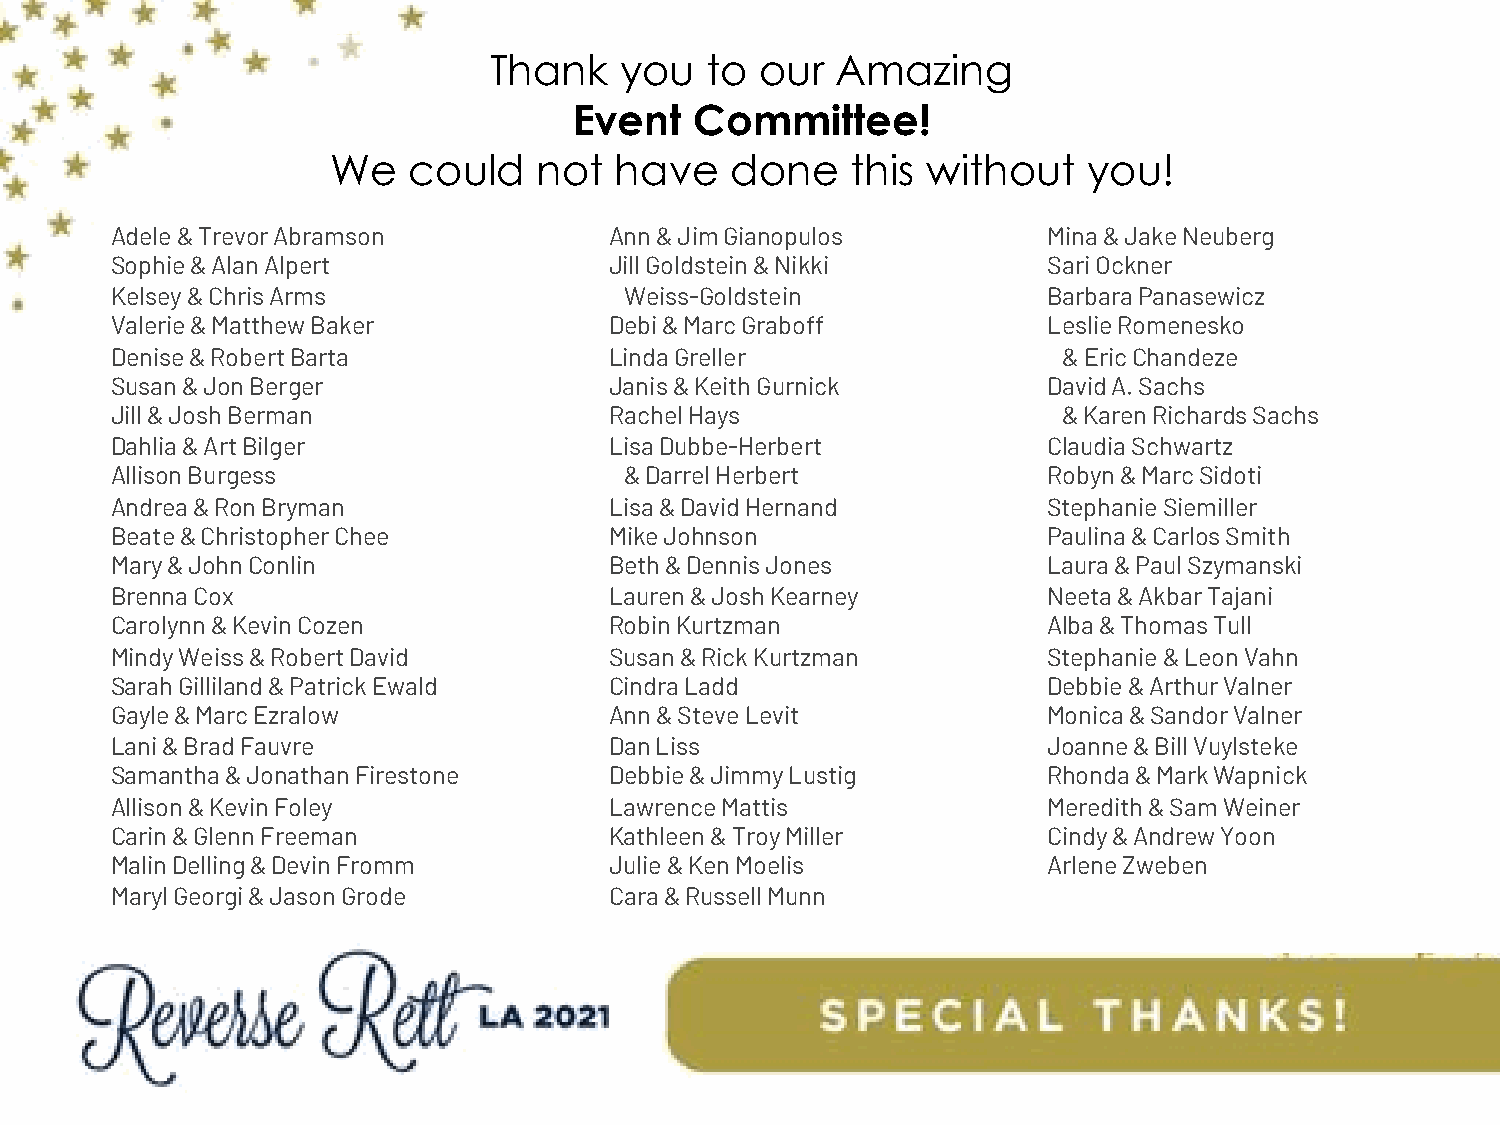
Thank    you   to our  Amazing
 Event   Committee!
 We   could    not  have   done    this without    you!
 Adele & Trevor Abramson          Ann & Jim Gianopulos         Mina & Jake Neuberg
 Sophie & Alan Alpert             Jill Goldstein & Nikki       Sari Ockner
 Kelsey & Chris Arms               Weiss-Goldstein             Barbara Panasewicz
 Valerie & Matthew Baker          Debi & Marc Graboff          Leslie Romenesko
 Denise & Robert Barta            Linda Greller                 & Eric Chandeze
 Susan & Jon Berger               Janis & Keith Gurnick        David A. Sachs
 Jill & Josh Berman               Rachel Hays                   & Karen Richards Sachs
 Dahlia & Art Bilger              Lisa Dubbe-Herbert           Claudia Schwartz
 Allison Burgess                   & Darrel Herbert            Robyn & Marc Sidoti
 Andrea & Ron Bryman              Lisa & David Hernand         Stephanie Siemiller
 Beate& Christopher Chee          Mike Johnson                 Paulina & Carlos Smith
 Mary & John Conlin               Beth & Dennis Jones          Laura & Paul Szymanski
 Brenna Cox                       Lauren & Josh Kearney        Neeta & Akbar Tajani
 Carolynn & Kevin Cozen           Robin Kurtzman               Alba & Thomas Tull
 Mindy Weiss & Robert David       Susan & Rick Kurtzman        Stephanie & Leon Vahn
 Sarah Gilliland & Patrick Ewald  Cindra Ladd                  Debbie & Arthur Valner
 Gayle & Marc Ezralow             Ann & Steve Levit            Monica & Sandor Valner
 Lani & Brad Fauvre               Dan Liss                     Joanne & Bill Vuylsteke
 Samantha & Jonathan Firestone    Debbie & Jimmy Lustig        Rhonda & Mark Wapnick
 Allison & Kevin Foley            Lawrence Mattis              Meredith & Sam Weiner
 Carin & Glenn Freeman            Kathleen & Troy Miller       Cindy & Andrew Yoon
 MalinDelling& Devin Fromm        Julie & Ken Moelis           Arlene Zweben
 MarylGeorgi & Jason Grode        Cara & Russell Munn